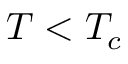
T < T _ { c }